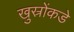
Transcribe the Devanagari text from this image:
खुस्रोंकडे